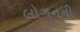
લોગનની